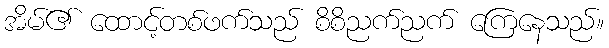
အိမ်၏ ထောင့်တစ်ဖက်သည် စိစိညက်ညက် ကြေနေသည်။